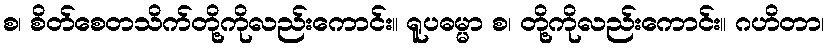
စ၊ စိတ်စေတသိက်တို့ကိုလည်းကောင်း။ ရူပဓမ္မာ စ၊ တို့ကိုလည်းကောင်း။ ဂဟိတာ၊